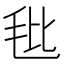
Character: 𰚎